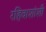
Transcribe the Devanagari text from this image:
रहिवाशांशी